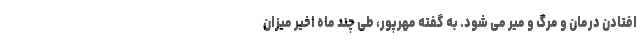
افتادن درمان و مرگ و میر می شود. به گفته مهرپور، طی چند ماه اخیر میزان